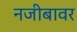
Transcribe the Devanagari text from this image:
नजीबावर